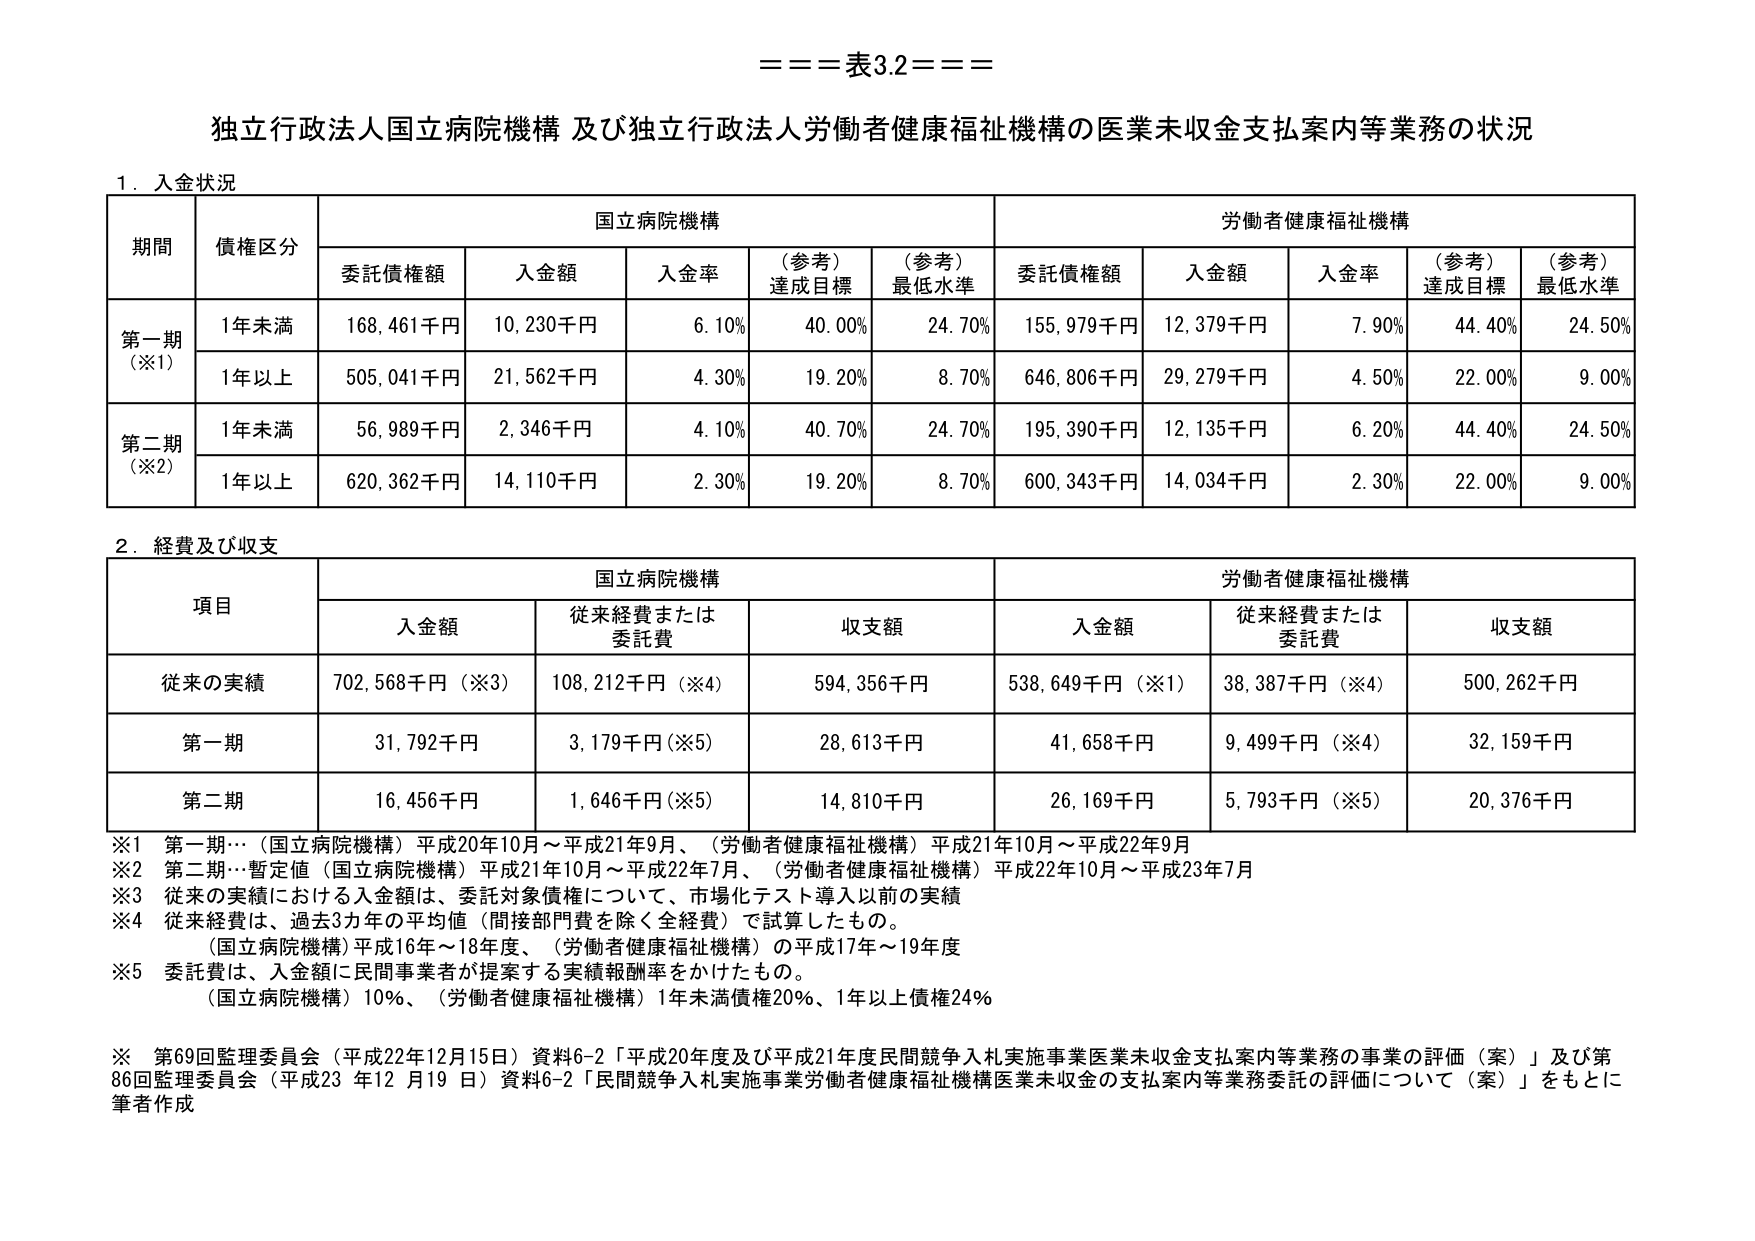
===表3.2===

独立行政法人国立病院機構 及び独立行政法人労働者健康福祉機構の医業未収金支払案内等業務の状況

1. 入金状況

期間	債権区分	国立病院機構	労働者健康福祉機構
		委託債権額	入金額	入金率	(参考)達成目標	(参考)最低水準	委託債権額	入金額	入金率	(参考)達成目標	(参考)最低水準
第一期(※1)	1年未満	168,461千円	10,230千円	6.10%	40.00%	24.70%	155,979千円	12,379千円	7.90%	44.40%	24.50%
		1年以上	505,041千円	21,562千円	4.30%	19.20%	8.70%	646,806千円	29,279千円	4.50%	22.00%	9.00%
第二期(※2)	1年未満	56,989千円	2,346千円	4.10%	40.70%	24.70%	195,390千円	12,135千円	6.20%	44.40%	24.50%
		1年以上	620,362千円	14,110千円	2.30%	19.20%	8.70%	600,343千円	14,034千円	2.30%	22.00%	9.00%

2. 経費及び収支

項目	国立病院機構	労働者健康福祉機構
	入金額	従来経費または委託費	収支額	入金額	従来経費または委託費	収支額
従来の実績	702,568千円(※3)	108,212千円(※4)	594,356千円	538,649千円(※1)	38,387千円(※4)	500,262千円
第一期	31,792千円	3,179千円(※5)	28,613千円	41,658千円	9,499千円(※4)	32,159千円
第二期	16,456千円	1,646千円(※5)	14,810千円	26,169千円	5,793千円(※5)	20,376千円

※1 第一期…（国立病院機構）平成20年10月～平成21年9月、（労働者健康福祉機構）平成21年10月～平成22年9月
※2 第二期…暫定値（国立病院機構）平成21年10月～平成22年7月、（労働者健康福祉機構）平成22年10月～平成23年7月
※3 従来の実績における入金額は、委託対象債権について、市場化テスト導入以前の実績
※4 従来経費は、過去3カ年の平均値（間接部門費を除く全経費）で試算したもの。
　　（国立病院機構）平成16年～18年度、（労働者健康福祉機構）の平成17年～19年度
※5 委託費は、入金額に民間事業者が提案する実績報酬率をかけたもの。
　　（国立病院機構）10%、（労働者健康福祉機構）1年未満債権20%、1年以上債権24%

※ 第69回監理委員会（平成22年12月15日）資料6-2「平成20年度及び平成21年度民間競争入札実施事業医業未収金支払案内等業務の事業の評価（案）」及び第86回監理委員会（平成23年12月19日）資料6-2「民間競争入札実施事業労働者健康福祉機構医業未収金の支払案内等業務委託の評価について（案）」をもとに筆者作成